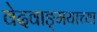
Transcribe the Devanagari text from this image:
वेदवाङ्‌मयाच्या